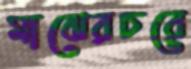
মাঝেরচরে